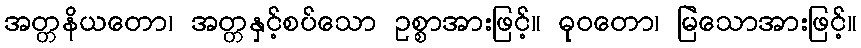
အတ္တနိယတော၊ အတ္တနှင့်စပ်သော ဥစ္စာအားဖြင့်။ ဓုဝတော၊ မြဲသောအားဖြင့်။